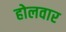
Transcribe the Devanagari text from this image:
होलवार